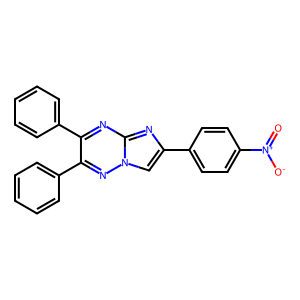
SMILES: O=[N+]([O-])c1ccc(-c2cn3nc(-c4ccccc4)c(-c4ccccc4)nc3n2)cc1
Inhibits HIV replication: No